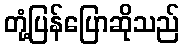
တုံ့ပြန်ပြောဆိုသည်